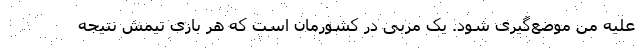
علیه من موضع‌گیری شود. یک مربی در کشورمان است که هر بازی تیمش نتیجه